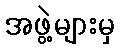
အဖွဲ့များမှ